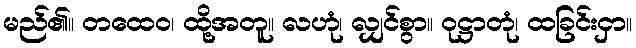
မည်၏။ တထေဝ၊ ထို့အတူ။ လဟုံ၊ လျှင်စွာ။ ဝုဋ္ဌာတုံ၊ ထခြင်းငှာ။